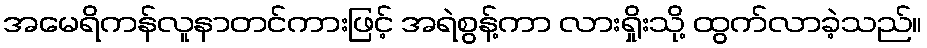
အမေရိကန်လူနာတင်ကားဖြင့် အရဲစွန့်ကာ လားရှိုးသို့ ထွက်လာခဲ့သည်။